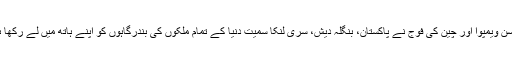
ہچیسن ویمپوا اور چین کی فوج نے پاکستان، بنگلہ دیش، سری لنکا سمیت دنیا کے تمام ملکوں کی بندرگاہوں کو اپنے ہاتھ میں لے رکھا ہے۔